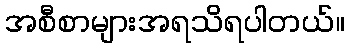
အစီစာများအရသိရပါတယ်။